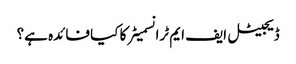
ڈیجیٹل ایف ایم ٹرانسمیٹر کا کیا فائدہ ہے؟